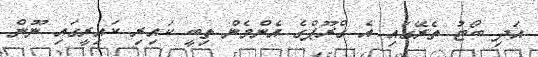
އަދި ބޯޓު ތެރޭގައި އެ ގްރޫޕްގެ އެންމެން ތިބީ ކައިރި ކައިރީގައި ނޫން